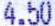
4.50